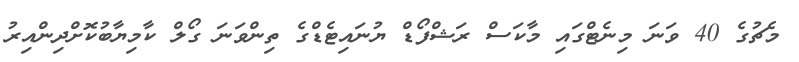
މެޗުގެ 40 ވަނަ މިނެޓްގައި މާކަސް ރަޝްފޯޑް ޔުނައިޓެޑްގެ ތިންވަނަ ގޯލް ކާމިޔާބުކޮށްދިންއިރު